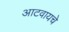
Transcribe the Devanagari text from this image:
आटवायचे